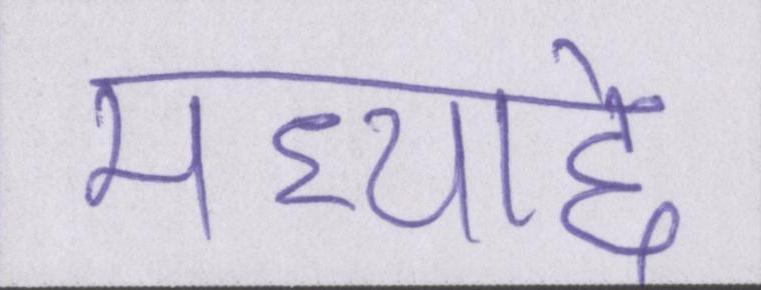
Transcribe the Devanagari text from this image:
मध्याद्दे